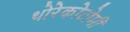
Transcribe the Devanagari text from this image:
थोरेकोटोमी